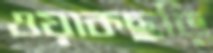
ওয়াকছড়ি